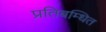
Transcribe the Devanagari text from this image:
प्रतिबम्धित